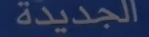
الجديدة